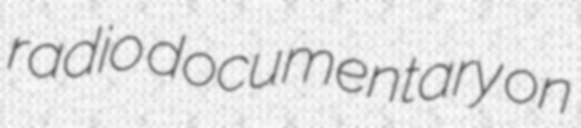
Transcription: radio documentary on